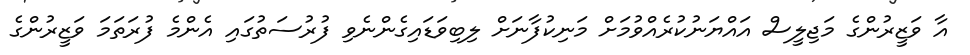
އާ ވަޒީރުންގެ މަޖިލީސް އައްޔަނުކުރެއްވުމަށް މަނިކުފާނަށް ލިބިވަޑައިގެންނެވި ފުރުސަތުގައި އެންމެ ފުރަތަމަ ވަޒީރުންގެ